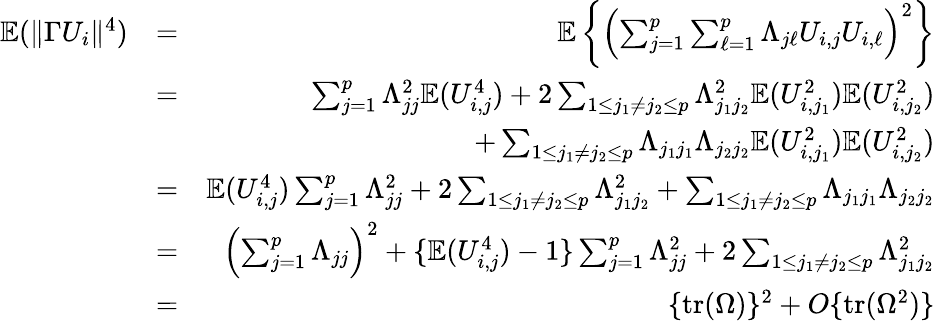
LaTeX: \begin{array}{rlr}{{\mathbb{E}}(\| \Gamma U_{i}\| ^{4})}&{=}&{{\mathbb{E}}\left\{ \left(\sum_{j=1}^{p}\sum_{\ell=1}^{p}\Lambda_{j\ell}U_{i,j}U_{i,\ell}\right)^{2}\right\} }\\ &{=}&{\sum_{j=1}^{p}\Lambda_{jj}^{2}{\mathbb{E}}(U_{i,j}^{4})+2\sum_{1\leq j_{1}\neq j_{2}\leq p}\Lambda_{j_{1}j_{2}}^{2}{\mathbb{E}}(U_{i,j_{1}}^{2}){\mathbb{E}}(U_{i,j_{2}}^{2})}\\ &{}&{+\sum_{1\leq j_{1}\neq j_{2}\leq p}\Lambda_{j_{1}j_{1}}\Lambda_{j_{2}j_{2}}{\mathbb{E}}(U_{i,j_{1}}^{2}){\mathbb{E}}(U_{i,j_{2}}^{2})}\\ &{=}&{{\mathbb{E}}(U_{i,j}^{4})\sum_{j=1}^{p}\Lambda_{jj}^{2}+2\sum_{1\leq j_{1}\neq j_{2}\leq p}\Lambda_{j_{1}j_{2}}^{2}+\sum_{1\leq j_{1}\neq j_{2}\leq p}\Lambda_{j_{1}j_{1}}\Lambda_{j_{2}j_{2}}}\\ &{=}&{\left(\sum_{j=1}^{p}\Lambda_{jj}\right)^{2}+\{ {\mathbb{E}}(U_{i,j}^{4})-1\} \sum_{j=1}^{p}\Lambda_{jj}^{2}+2\sum_{1\leq j_{1}\neq j_{2}\leq p}\Lambda_{j_{1}j_{2}}^{2}}\\ &{=}&{\{ \mathrm{tr}(\Omega)\} ^{2}+O\{ \mathrm{tr}(\Omega^{2})\} }\end{array}